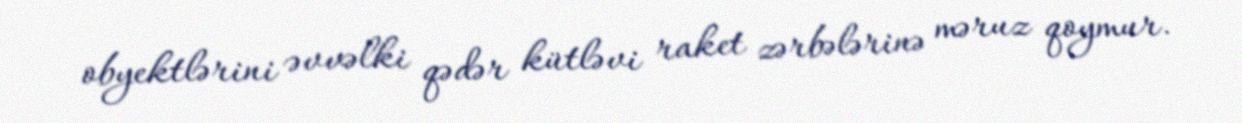
obyektlərini əvvəlki qədər kütləvi raket zərbələrinə məruz qoymur.